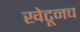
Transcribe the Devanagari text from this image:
खेटूनच